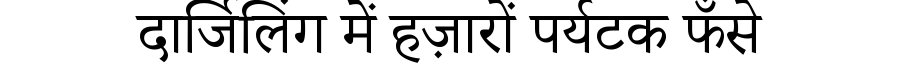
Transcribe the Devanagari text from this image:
दार्जिलिंग में हज़ारों पर्यटक फँसे